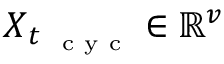
\boldsymbol X _ { t _ { \mathrm { ~ \scriptsize ~ c ~ y ~ c ~ } } } \in \mathbb { R } ^ { \boldsymbol v }